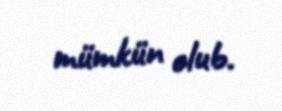
mümkün olub.